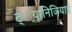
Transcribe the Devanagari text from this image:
ट््यूानिजियाई